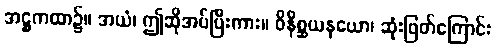
အဋ္ဌကထာ၌။ အယံ၊ ဤဆိုအပ်ပြီးကား။ ဝိနိစ္ဆယနယော၊ ဆုံးဖြတ်ကြောင်း